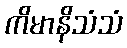
ကိမာနိသံသံ